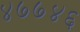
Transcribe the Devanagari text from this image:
४७७४६